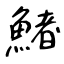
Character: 鯺